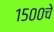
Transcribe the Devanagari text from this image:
१५००चे